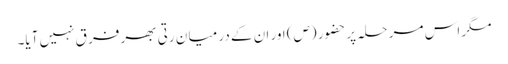
مگر اس مر حلہ پر حضور (ص) اور ان کے در میا ن رتی بھر فر ق نہیں آیا۔